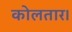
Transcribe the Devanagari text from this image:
कोलतार।